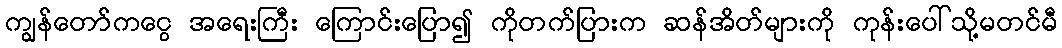
ကျွန်တော်ကငွေ အရေးကြီး ကြောင်းပြော၍ ကိုတက်ပြားက ဆန်အိတ်များကို ကုန်းပေါ်သို့မတင်မီ